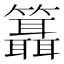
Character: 𥷨